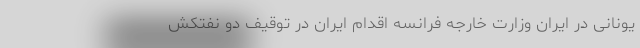
یونانی در ایران وزارت خارجه فرانسه اقدام ایران در توقیف دو نفتکش